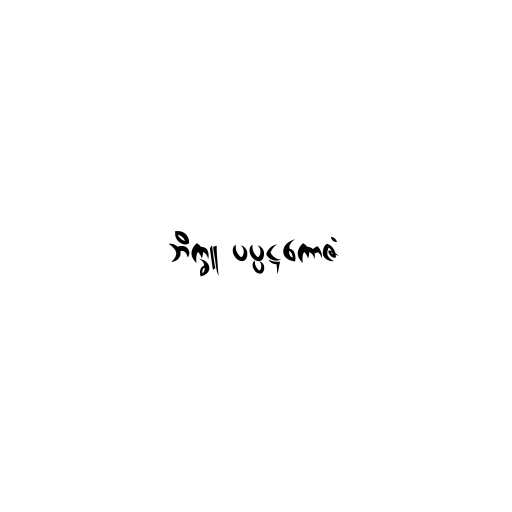
ဘိက္ခူ ပပ္ပဋကောဇံ